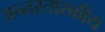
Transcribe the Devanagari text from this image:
अन्तरतारकीय